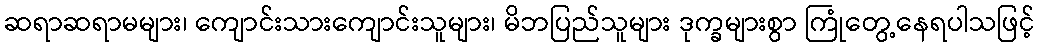
ဆရာဆရာမများ၊ ကျောင်းသားကျောင်းသူများ၊ မိဘပြည်သူများ ဒုက္ခများစွာ ကြုံတွေ့နေရပါသဖြင့်